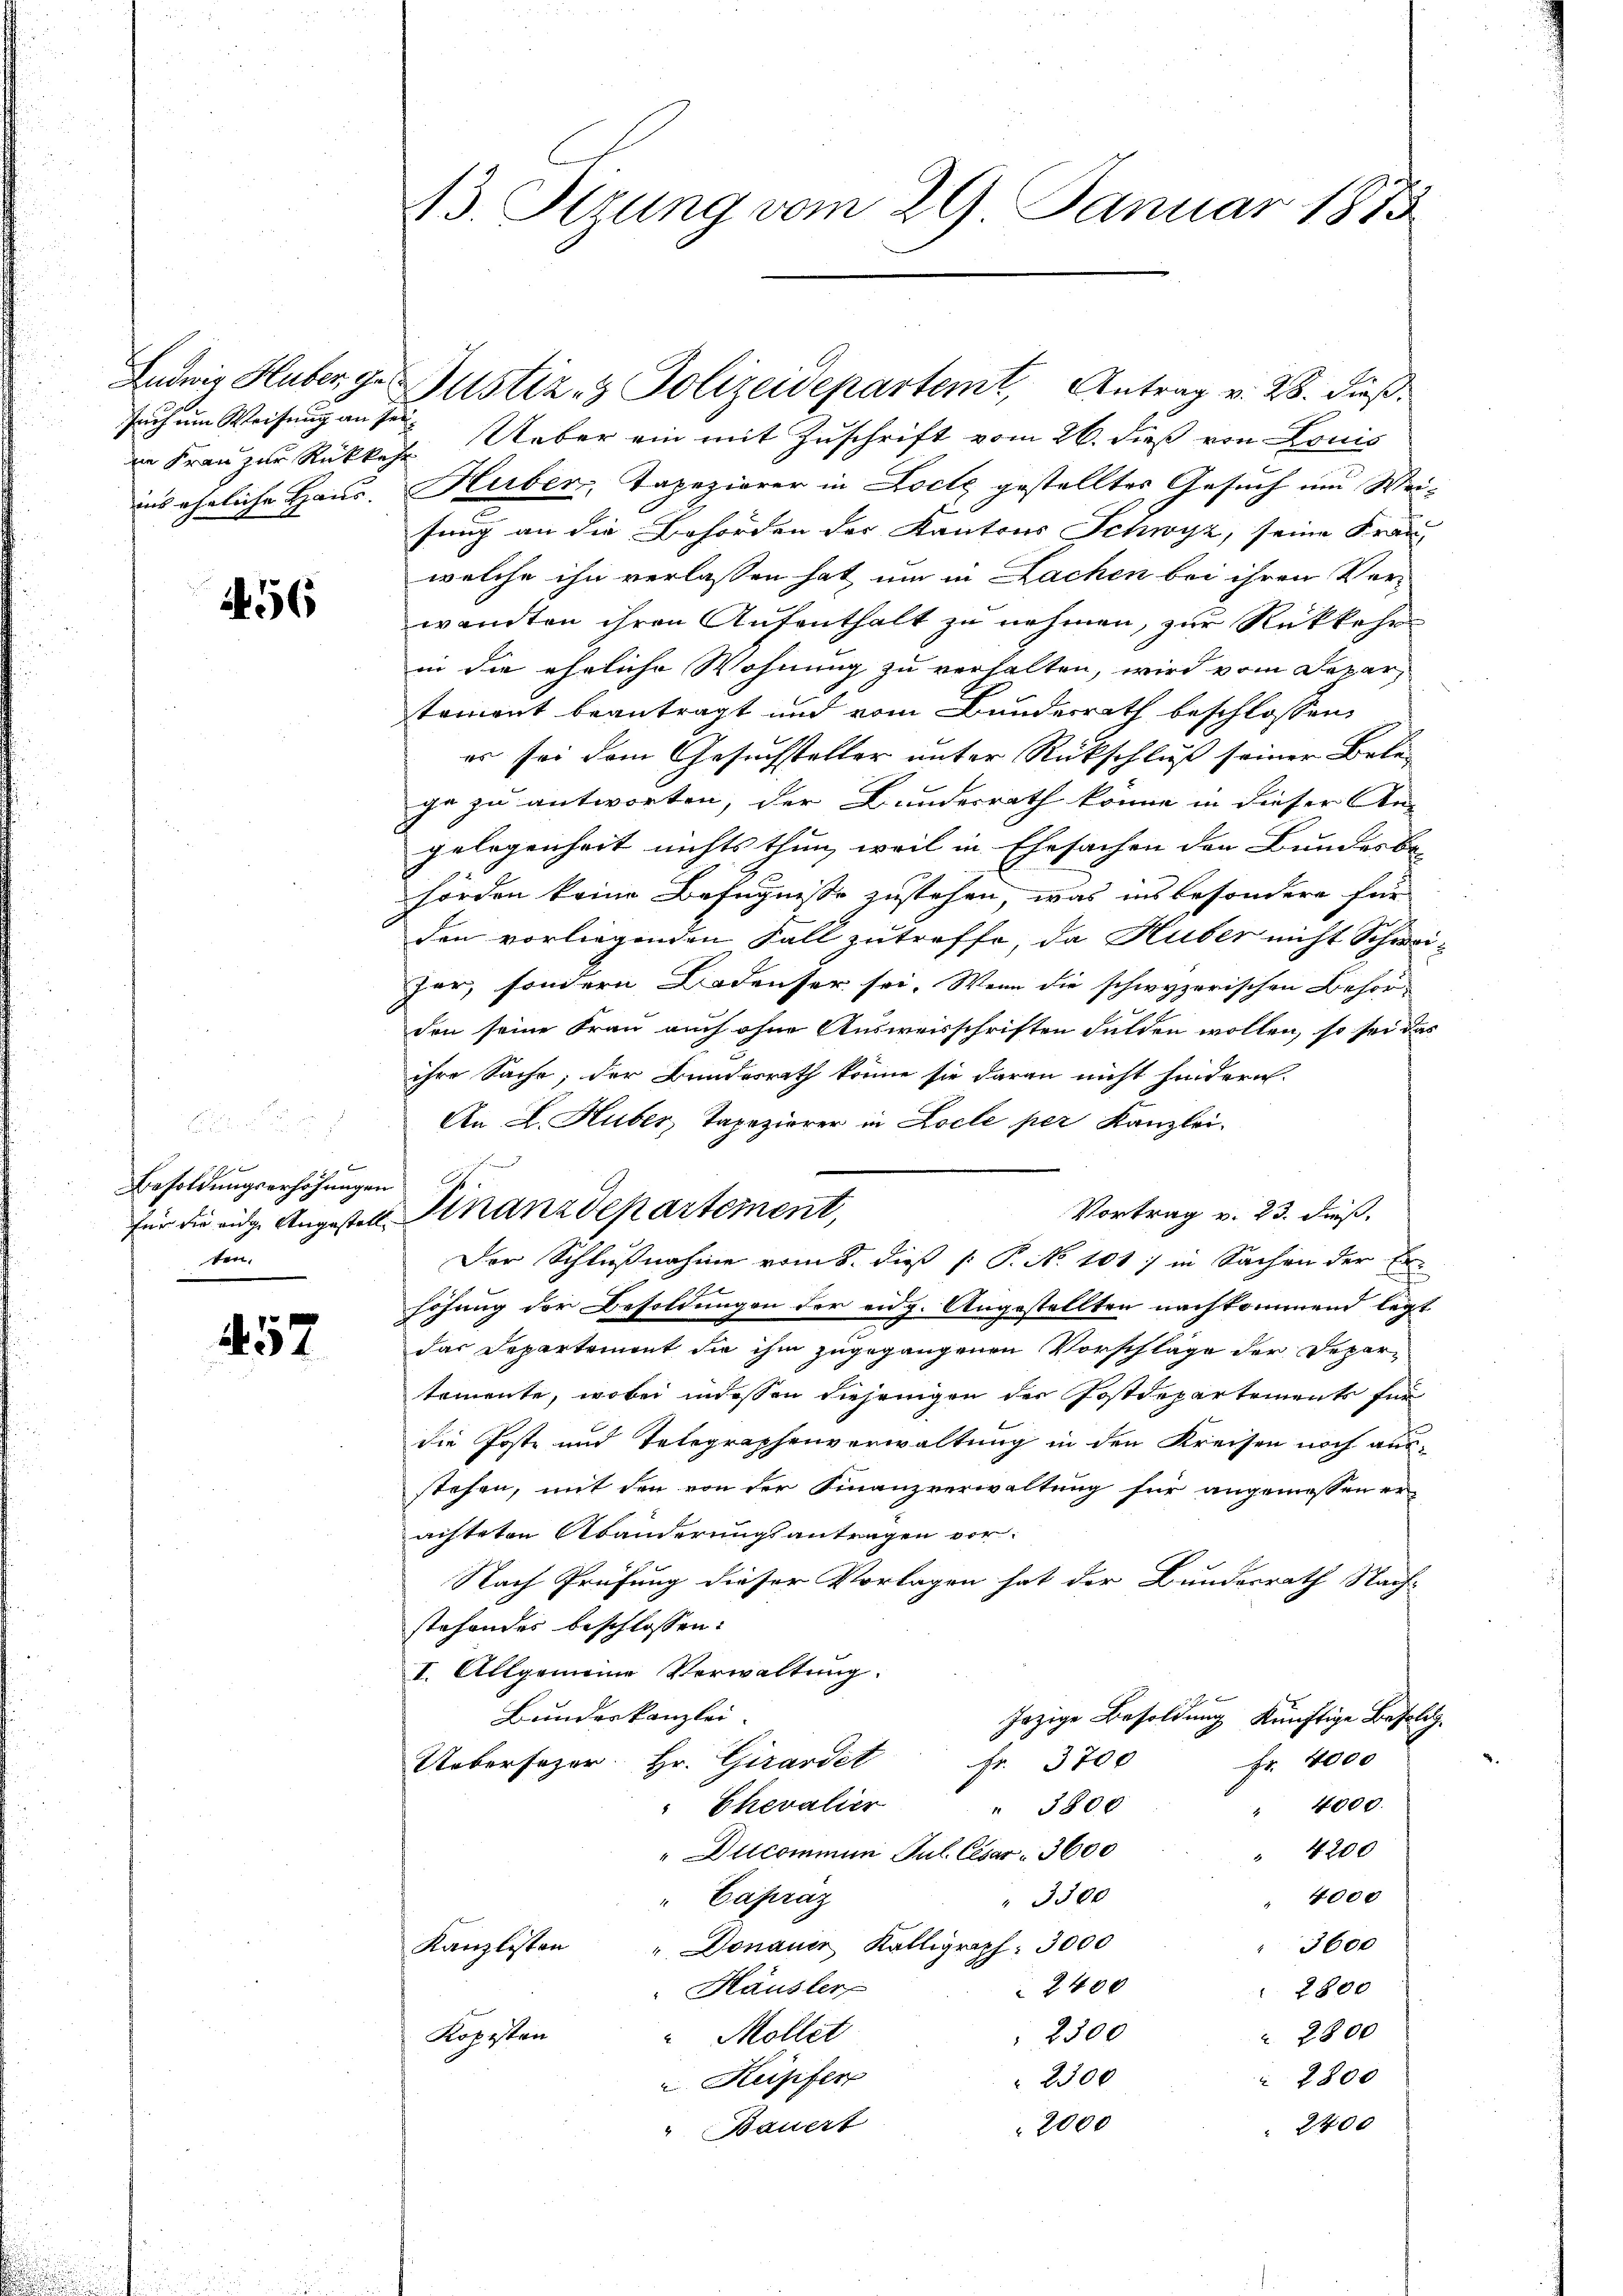
such um Weisung an sei.
ins eheliche Haus.

456

x

Besoldungserhöhungen.
für die eidge Angestell- |
ten.

457

13. Sirung vom 29. Januar 1875

n Frau zur Rückkehr. Ueber ein mit Zuschrift vom 26. dieß von Louis
Huber, Tapeziarer in Locte gestelltes Gesuch um Wei-
fung an die Behörden der Kantons Schwyz, seine Frau
welche ihn verlassen hat, um in Lachen bei ihren Ver-
wandten ihren Aufenthalt zu nehmen, zur Rückkehr
in die eheliche Wohnung zu verhalten, wird vom Departoment beantragt und vom Bundesrath beschlossen,
es sei dem Gesuchsteller unter Rückschluß seiner Bele-
ge zu antworten, der Bundesrath könne in dieser An-
gelegenheit nichts thun, weil in Ehesachen den Bundesbe-
hörden keine Befugnisse zustehen, was ins besondere für
den vorliegenden Fall zutreffe, da Huber nicht Schwei-
fer, sondern Badenser sei. Wenn die schwyzerischen Behör-
den seine Frau auch ohne Ausweisschriften dulden wollen, so sei das
ihre Sache; der Bundesrath könne sie daran nicht hindern.
An L. Huber, Tapezierer in Locle per Kanzlei.
Vortrag v. 23. dieß,
Der Schlußnahme vom 8. dieß (: P. No. 101. in Sachen der Erhöhung der Besoldungen der eidg. Angestellten nachkommend legt
das Departement die ihm zugegangenen Vorschläge der Departomente, wobei indessen diejenigen der Postdepartements für
die Poste und Telegraphenverwaltung in den Kreisen noch ausstehen, mit den von der Finanzverwaltung für angemessen er
achteten Abänderungsantragen vor.
Nach Prüfung dieser Vorlagen hat der Bundesrath Nach-
stehendes beschlossen:
I. Allgemeine Verwaltung.
1 x
Bundeskanzlei.
Jazige Besoldung künftige Besold.
Fr. 4000
Uebersezer. Hr. Girardet
Fr. 3700
Chevalier
" 4000.
 3800
" 4200
"Ducommen Jul. Cesar 3600
4000
" Capraz
" 3500
Kanzlisten
" Donauer Kalligraph 3000
3600
2400
Häusler
2800
Kopisten
 2800
2300
"Möllet
 2800
2300
Kupfer
2400
2000
" Bauert

auch in
Finanzdepartement,

Indnis Huber zu Justiz- & Polizeidepartemt, Antrag v. 28. dieß.